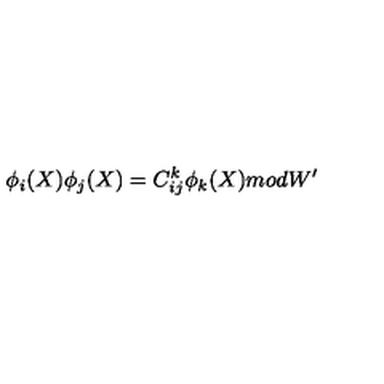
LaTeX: \phi _ { i } ( X ) \phi _ { j } ( X ) = C _ { i j } ^ { k } \phi _ { k } ( X ) m o d W ^ { \prime }